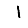
Digit: 1